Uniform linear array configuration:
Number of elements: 8
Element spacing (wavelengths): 1
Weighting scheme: kaiser
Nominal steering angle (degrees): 45
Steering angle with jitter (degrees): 43.787
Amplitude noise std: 0.05
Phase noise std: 0.05

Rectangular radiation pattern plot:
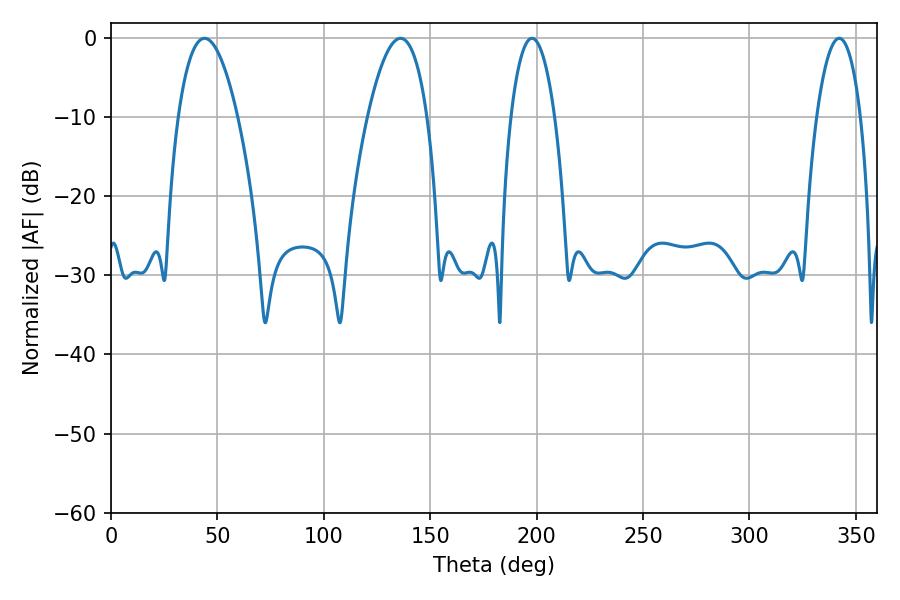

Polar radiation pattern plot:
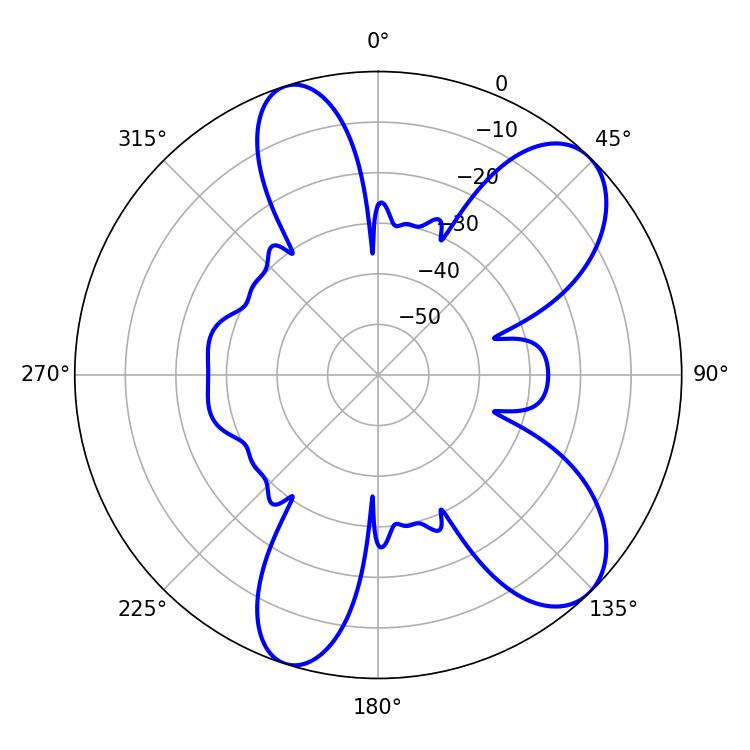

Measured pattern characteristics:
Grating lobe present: TRUE
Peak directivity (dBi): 8.686
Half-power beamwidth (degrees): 11.52
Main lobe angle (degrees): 197.82